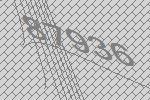
87936